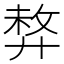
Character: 𢍛